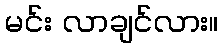
မင်း လာချင်လား။